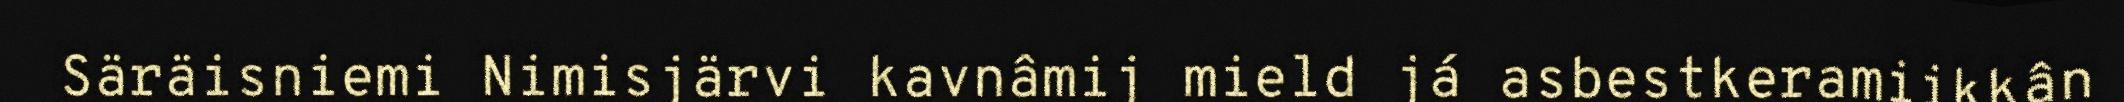
Säräisniemi Nimisjärvi kavnâmij mield já asbestkeramiikkân